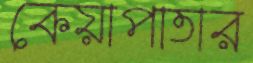
কেয়াপাতার